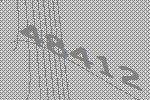
48412